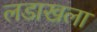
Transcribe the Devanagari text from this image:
लडाखला